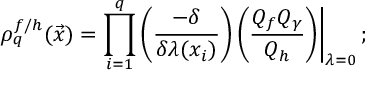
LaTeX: \rho _ { q } ^ { f { / } h } ( \vec { x } ) = \prod _ { i = 1 } ^ { q } \left( \frac { - \delta } { \delta \lambda ( x _ { i } ) } \right) \left( \frac { Q _ { f } Q _ { \gamma } } { Q _ { h } } \right) \biggr | _ { \lambda = 0 } \, ;